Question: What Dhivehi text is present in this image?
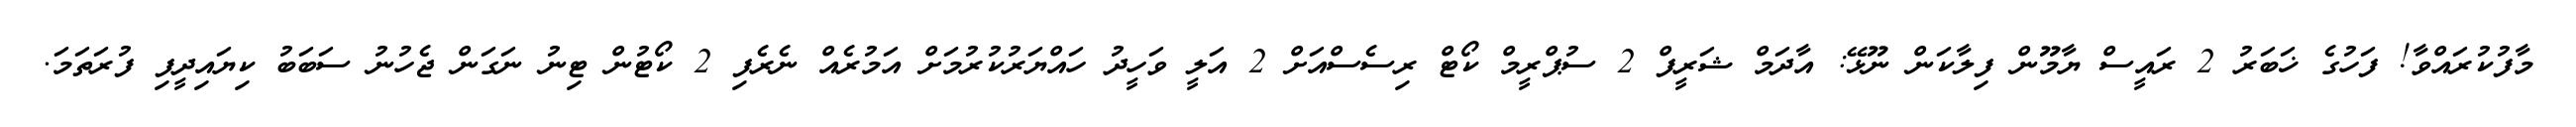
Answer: މާފުކުރައްވާ! ފަހުގެ ޚަބަރު 2 ރައީސް ޔާމޫން ފިލާކަން ނޫޅޭ: އާދަމް ޝަރީފް 2 ސުޕްރީމް ކޯޓް ރިސެސްއަށް 2 އަލީ ވަހީދު ހައްޔަރުކުރުމަށް އަމުރެއް ނެރެފި 2 ކޯޓުން ޓިނު ނަގަން ޖެހުނު ސަބަބު ކިޔައިދީފި ފުރަތަމަ.